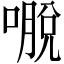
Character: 𭊕